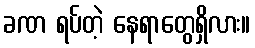
ခဏ ရပ်တဲ့ နေရာတွေရှိလား။